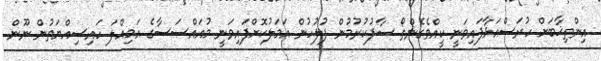
އިންތިޚާާބަށް ހުރަސްއަޅާފައިވަނީ ކީއްވެގެންތޯ ސާފުކުރުމުން ފުލުހުން އަމަލުކޮށްފައިވަނީ މުއައްސަސާގެ އަމިއްލަ ހައިސިއްޔަތުން ނޫން